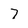
Character: 7